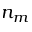
n _ { m }